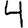
Digit: 4